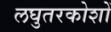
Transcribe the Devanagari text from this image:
लघुतरकोशों